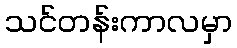
သင်တန်းကာလမှာ